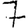
Digit: 7